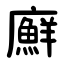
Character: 廯